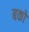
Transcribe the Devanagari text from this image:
बको